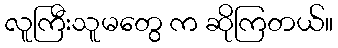
လူကြီးသူမတွေ က ဆိုကြတယ်။